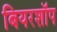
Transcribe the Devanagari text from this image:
बियरशॉप